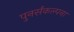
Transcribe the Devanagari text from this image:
पुनर्संकल्पना